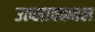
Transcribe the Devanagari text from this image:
उत्प्लावकतल